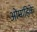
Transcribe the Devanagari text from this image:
ओमाहिके